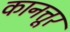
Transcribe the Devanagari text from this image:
कानत्तूर